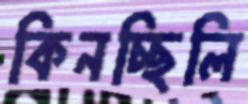
কিনচ্ছিলি